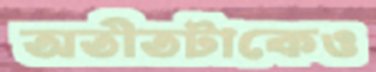
অতীতটাকেও